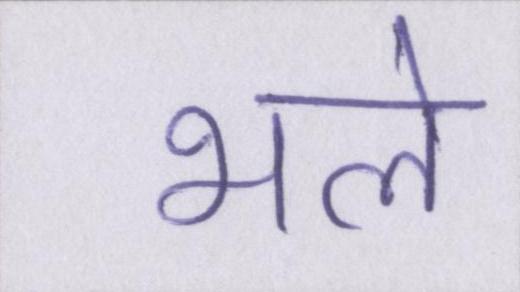
भले